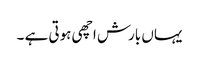
یہاں بارش اچھی ہوتی ہے ۔